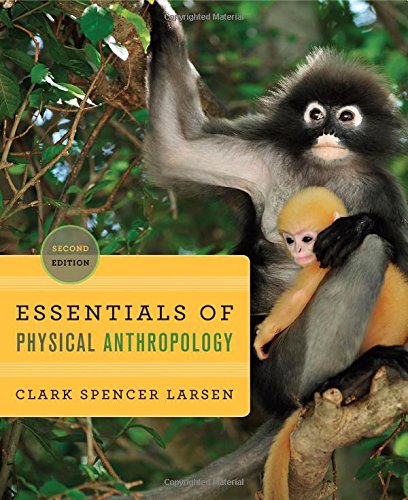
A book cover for Essentials of Physical Anthropology: Discovering Our Origins (Second Edition); Clark Spencer Larsen; Politics & Social Sciences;